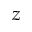
z